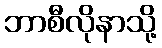
ဘာစီလိုနာသို့